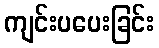
ကျင်းပပေးခြင်း